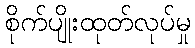
စိုက်ပျိုးထုတ်လုပ်မှု